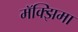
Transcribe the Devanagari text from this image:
मॅक्झिमा